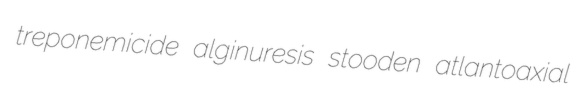
treponemicide alginuresis stooden atlantoaxial